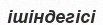
ішіндегісі